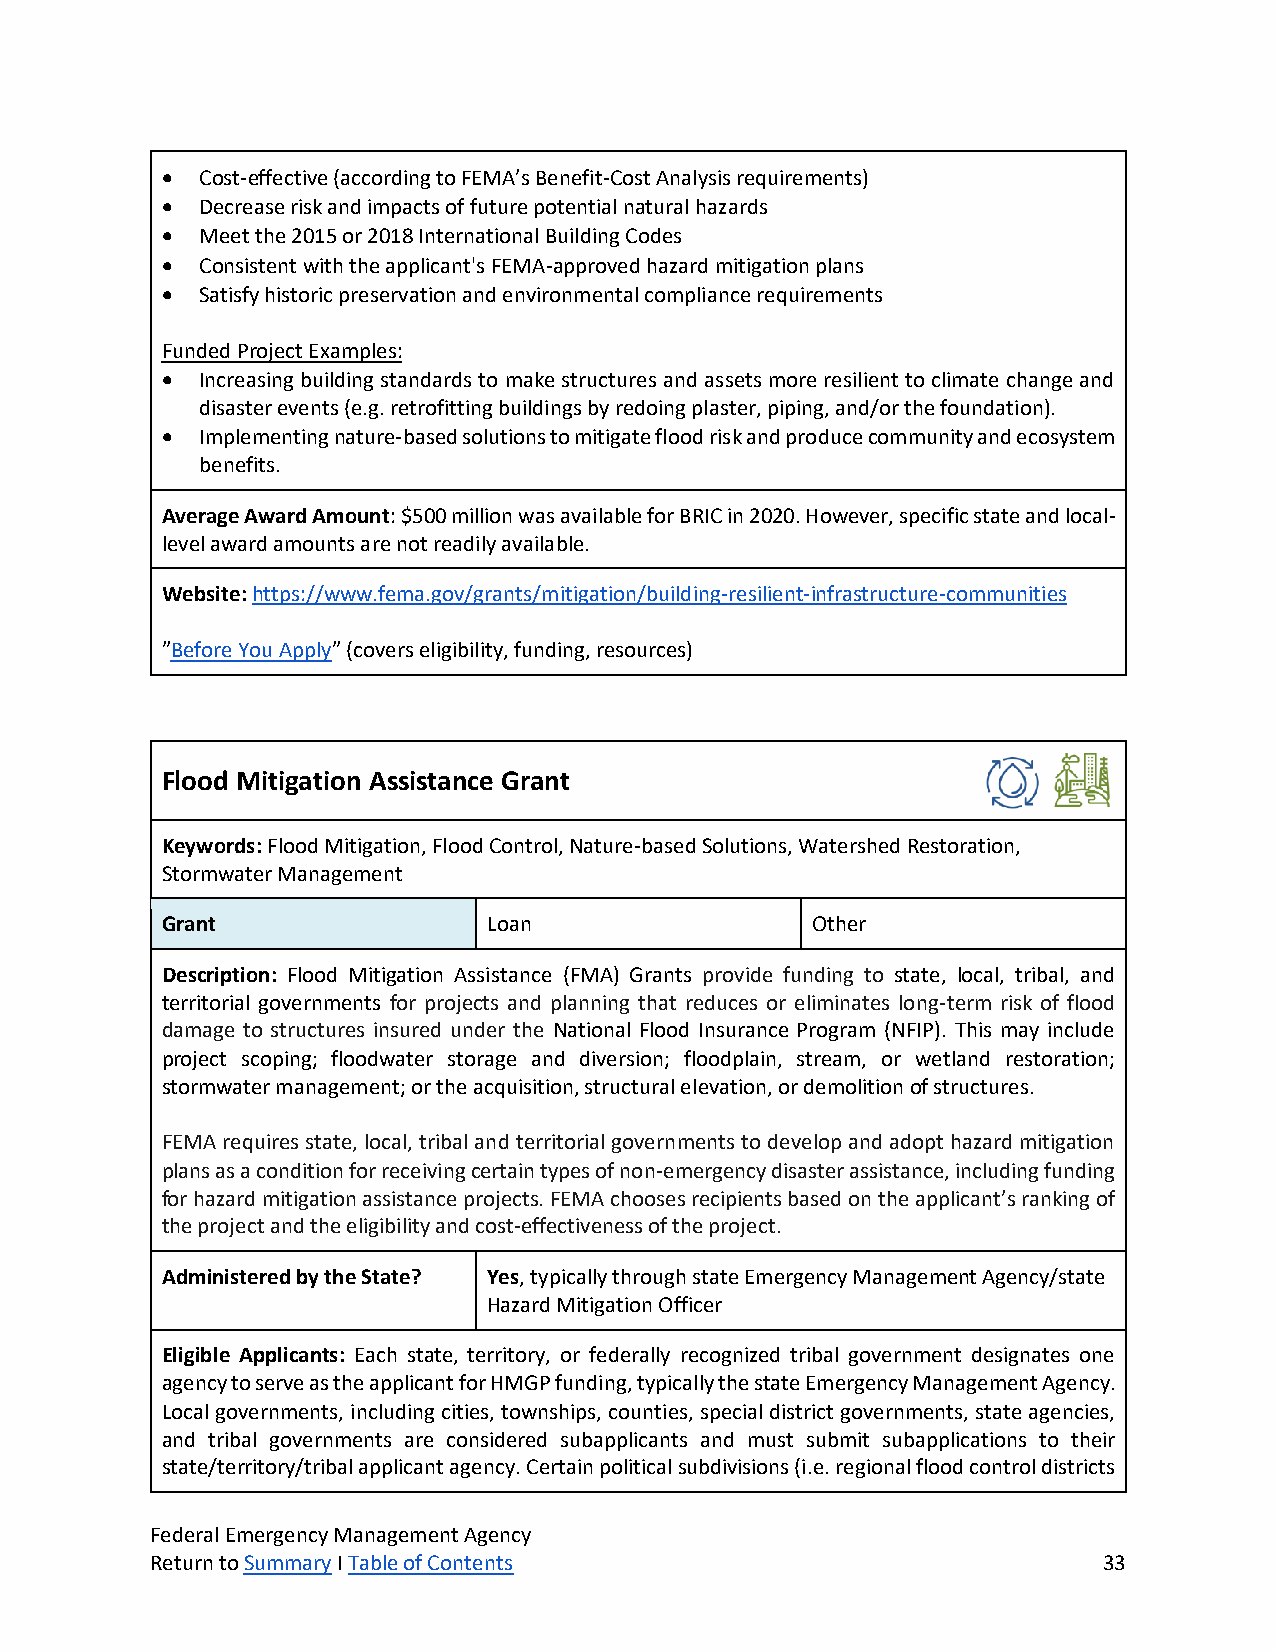
• Cost-effective (according to FEMA’s Benefit-Cost Analysis requirements)
 • Decrease risk and impacts of future potential natural hazards
 • Meet the 2015 or 2018 International Building Codes
 • Consistent with the applicant's FEMA-approved hazard mitigation plans
 • Satisfy historic preservation and environmental compliance requirements
 Funded Project Examples:
 • Increasing building standards to make structures and assets more resilient to climate change and
 disaster events (e.g. retrofitting buildings by redoing plaster, piping, and/or the foundation).
 • Implementing nature-based solutions to mitigate flood risk and produce community and ecosystem
 benefits.
 Average Award Amount: $500 million was available for BRIC in 2020. However, specific state and local-
 level award amounts are not readily available.
 Website: https://www.fema.gov/grants/mitigation/building-resilient-infrastructure-communities
 ”Before You Apply” (covers eligibility, funding, resources)
 Flood Mitigation Assistance Grant
 Keywords: Flood Mitigation, Flood Control, Nature-based Solutions, Watershed Restoration,
 Stormwater Management
 Grant                Loan                  Other
 Description: Flood Mitigation Assistance (FMA) Grants provide funding to state, local, tribal, and
 territorial governments for projects and planning that reduces or eliminates long-term risk of flood
 damage to structures insured under the National Flood Insurance Program (NFIP). This may include
 project scoping; floodwater storage and diversion; floodplain, stream, or wetland restoration;
 stormwater management; or the acquisition, structural elevation, or demolition of structures.
 FEMA requires state, local, tribal and territorial governments to develop and adopt hazard mitigation
 plans as a condition for receiving certain types of non-emergency disaster assistance, including funding
 for hazard mitigation assistance projects. FEMA chooses recipients based on the applicant’s ranking of
 the project and the eligibility and cost-effectiveness of the project.
 Administered by the State? Yes, typically through state Emergency Management Agency/state
 Hazard Mitigation Officer
 Eligible Applicants: Each state, territory, or federally recognized tribal government designates one
 agency to serve as the applicant for HMGP funding, typically the state Emergency Management Agency.
 Local governments, including cities, townships, counties, special district governments, state agencies,
 and tribal governments are considered subapplicants and must submit subapplications to their
 state/territory/tribal applicant agency. Certain political subdivisions (i.e. regional flood control districts
 Federal Emergency Management Agency
 Return to Summary I Table of Contents                          33